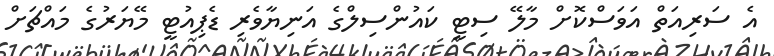
އެ ސަރިއަތް އަވަސްކޮށް މާލޭ ސިޓީ ކައުންސިލްގެ އަނިޔާވެރި ޑެޕިއުޓީ މޭޔަރުގެ މައްޗަށް